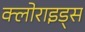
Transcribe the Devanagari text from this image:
क्लोराइड्स